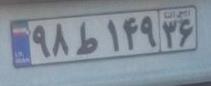
۹۸ط۱۴۹۳۶